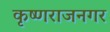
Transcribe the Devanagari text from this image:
कृष्णराजनगर